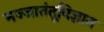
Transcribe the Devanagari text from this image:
मज्जातंतूविज्ञान